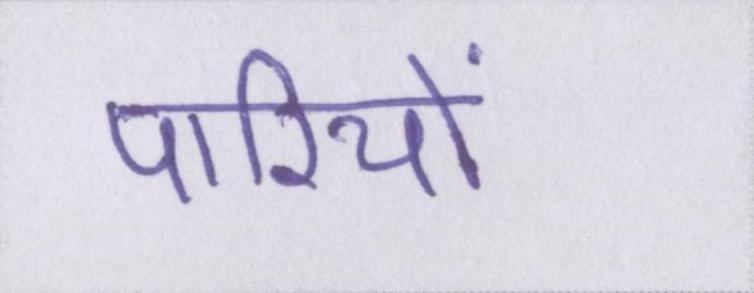
पारियों